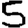
Digit: 5